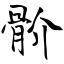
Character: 骱